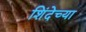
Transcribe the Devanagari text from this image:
शिंदेच्या